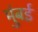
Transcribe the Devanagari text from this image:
मुंंबई